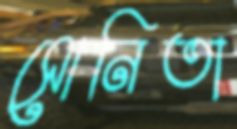
সোনিতা